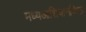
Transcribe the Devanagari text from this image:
मध्यआशियानजिक